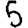
Digit: 5